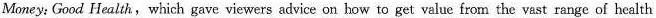
Money: Good Health,which gave viewers advice on bow to get value from the vast range of health